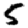
Digit: 5